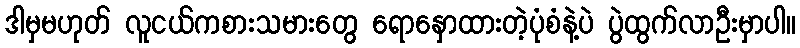
ဒါမှမဟုတ် လူငယ်ကစားသမားတွေ ရောနှောထားတဲ့ပုံစံနဲ့ပဲ ပွဲထွက်လာဦးမှာပါ။